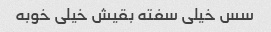
سس خیلی سفته بقیش خیلی خوبه